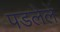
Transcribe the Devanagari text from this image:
पडलेलें